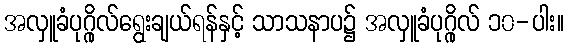
အလှူခံပုဂ္ဂိုလ်ရွေးချယ်ရန်နှင့် သာသနာပ၌ အလှူခံပုဂ္ဂိုလ် ၁၀-ပါး။